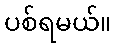
ပစ်ရမယ်။